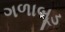
ગળાબૂડ